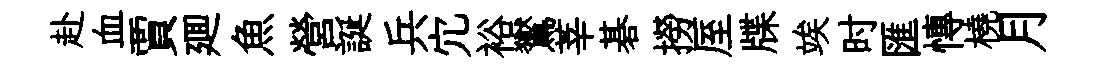
赴血賈廽魚營誕兵宂裕鸑莘碁撈厔牒竢时匯慱橈月